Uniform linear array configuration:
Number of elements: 64
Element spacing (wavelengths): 0.25
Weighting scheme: exponential
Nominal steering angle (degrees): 30
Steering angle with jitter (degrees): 30.705
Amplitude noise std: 0.05
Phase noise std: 0.05

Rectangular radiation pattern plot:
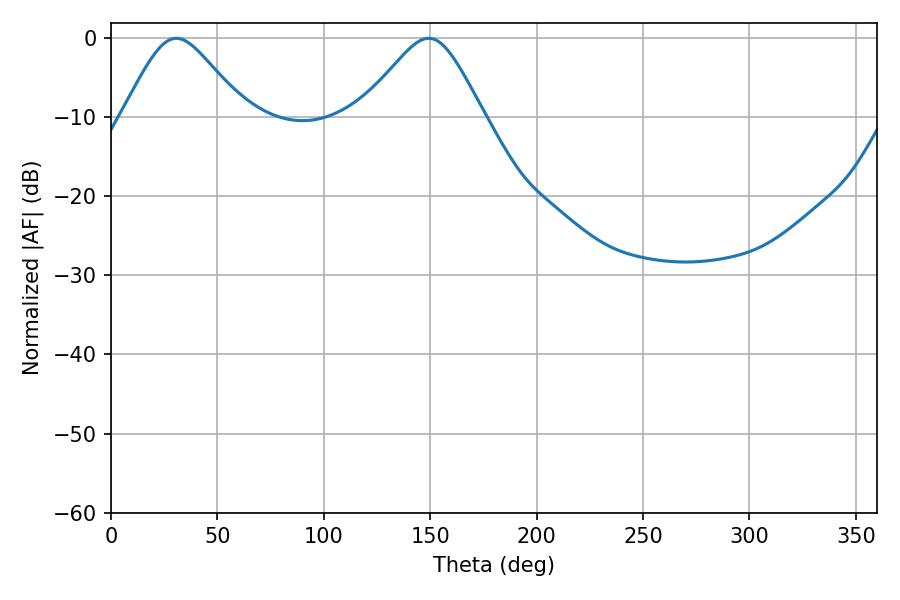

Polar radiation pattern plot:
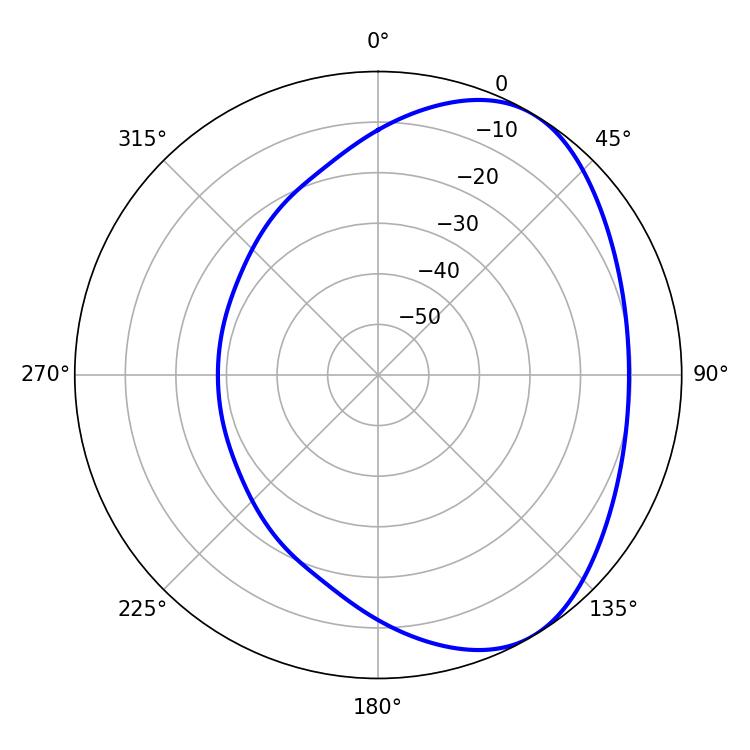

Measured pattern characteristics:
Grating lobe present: FALSE
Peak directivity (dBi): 4.735
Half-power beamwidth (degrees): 27.9
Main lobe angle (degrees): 30.78